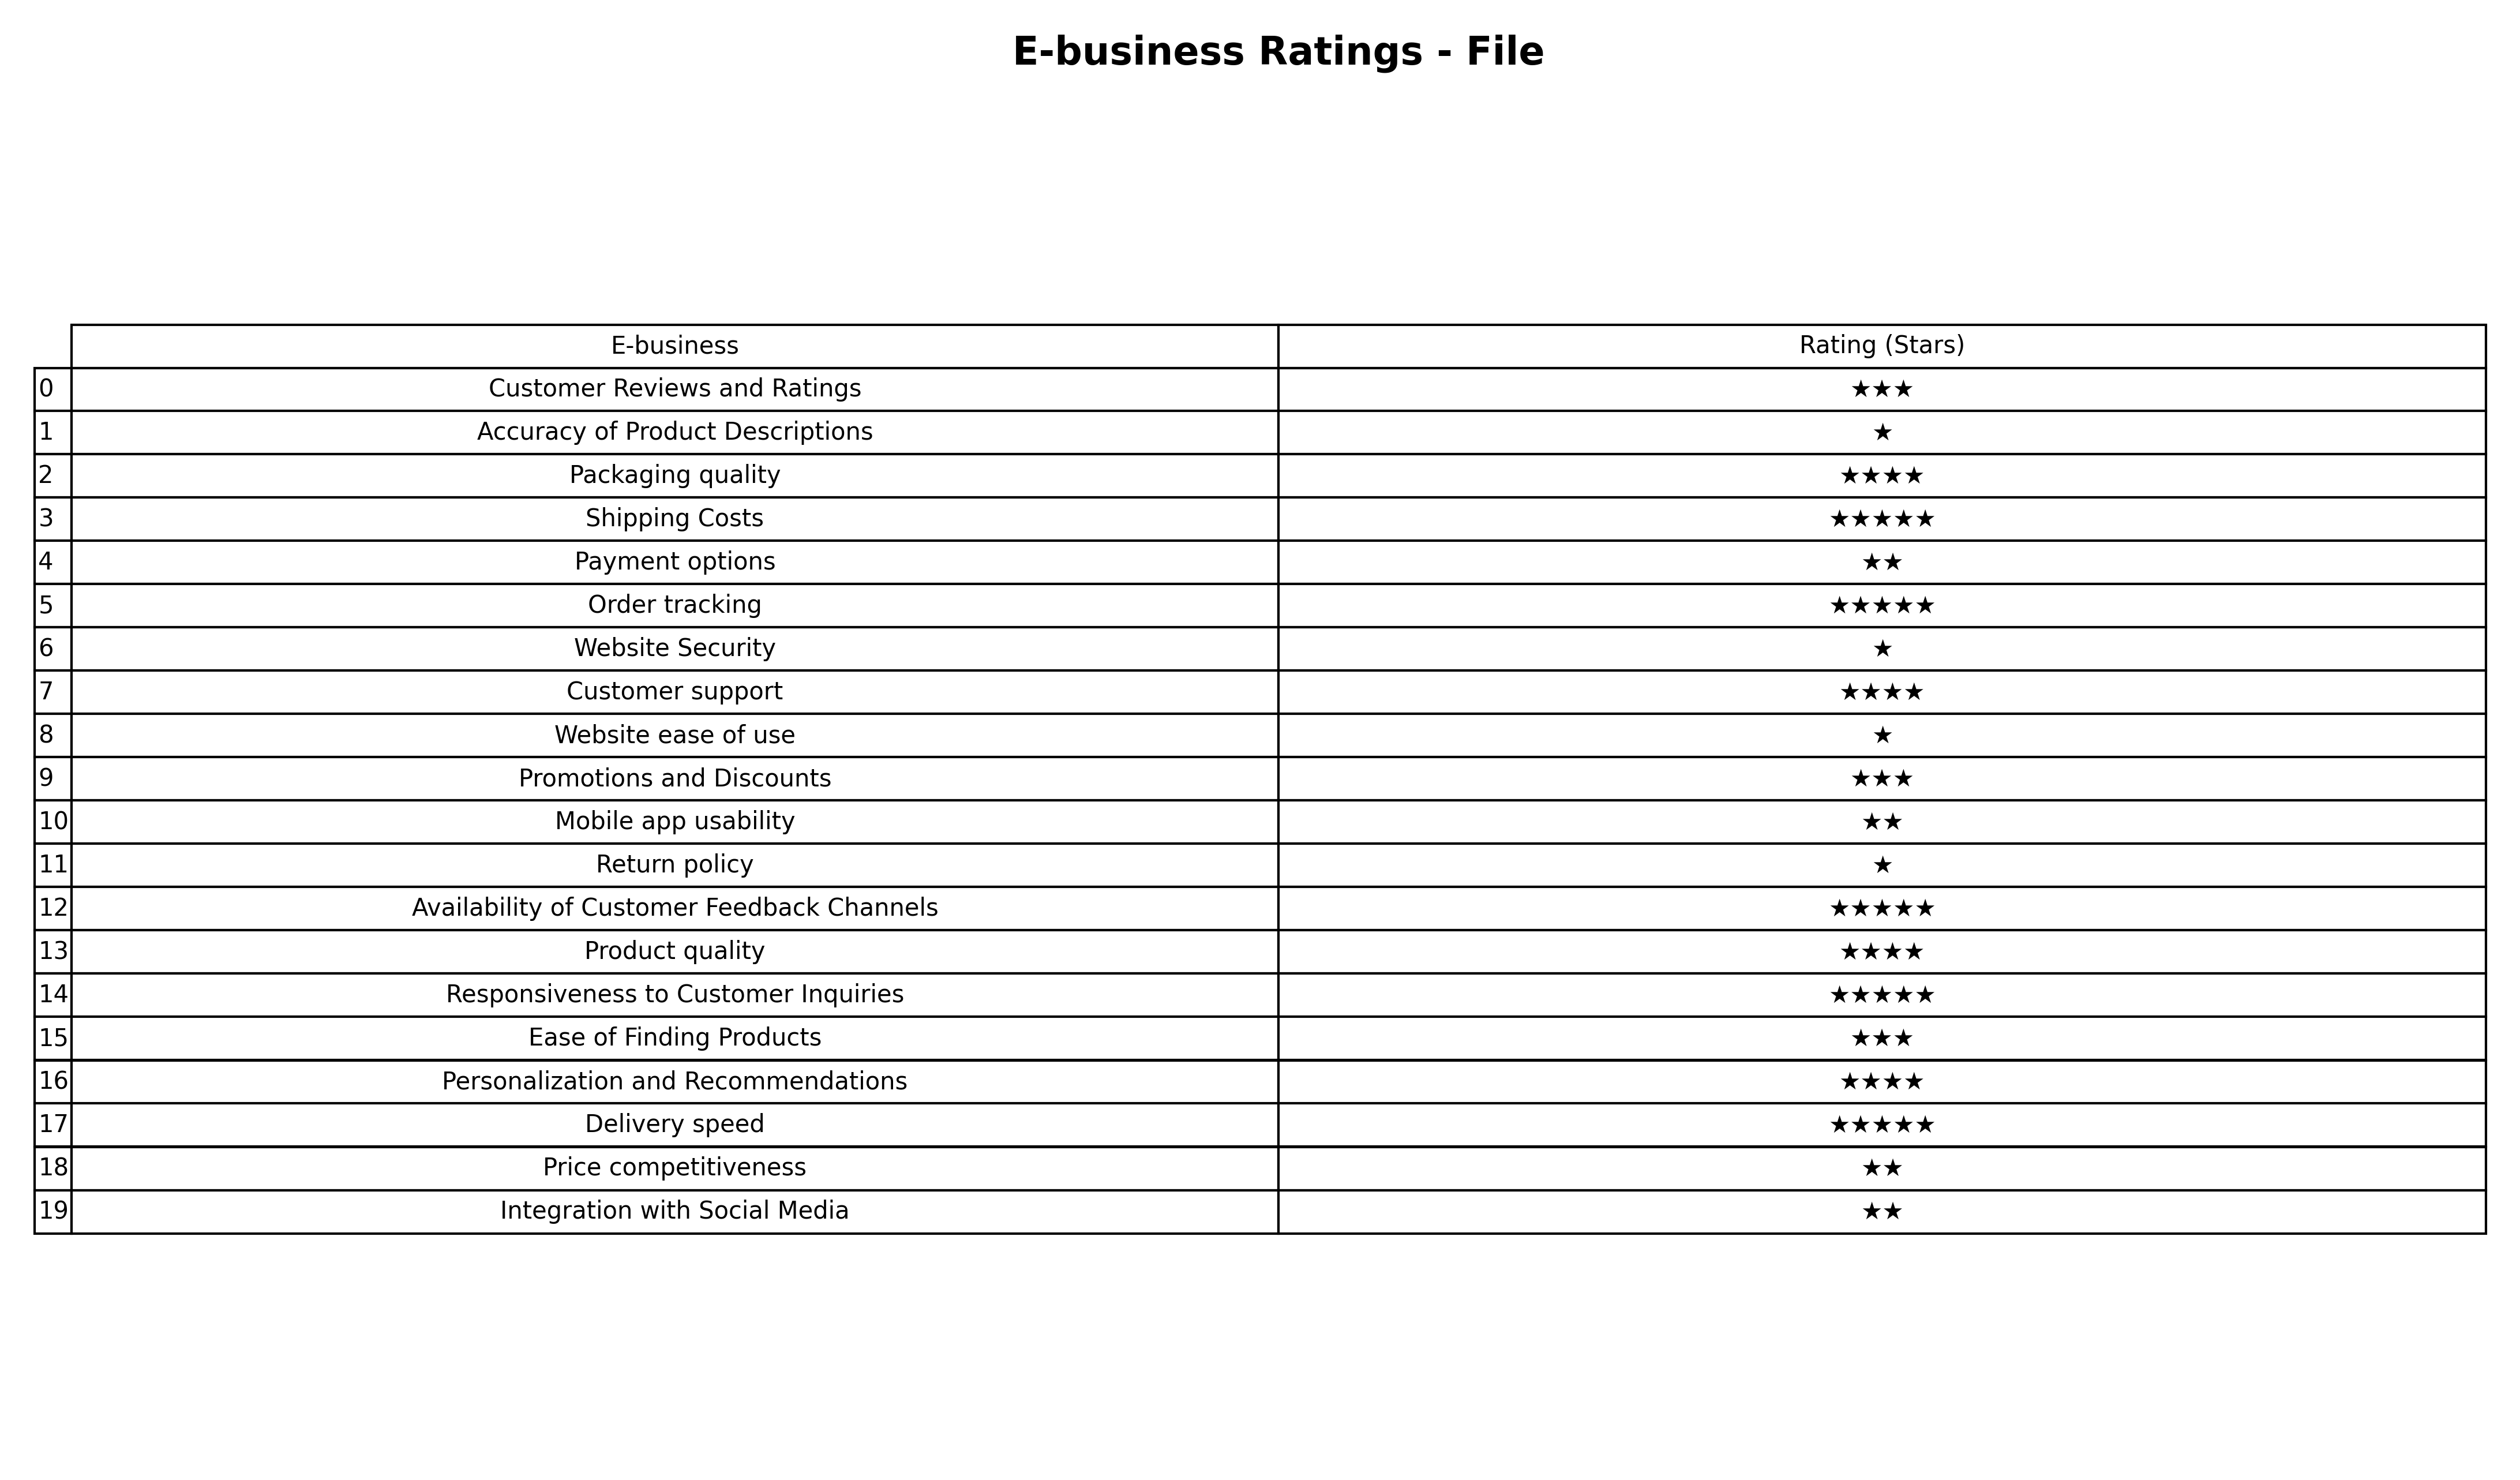
question: Which services are rated average?
answer: Customer Reviews and RatingsPromotions and DiscountsEase of Finding Products